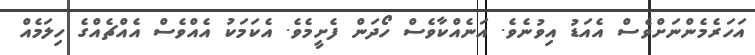
އަހަރެމެންނަށްވެސް އެއަޑު އިވުނެވެ. އަނެއްކާވެސް ހޯދަން ފެށީމެވެ. އެކަމަކު އެއްވެސް އެއްޗެއްގެ ހިލަމެއް